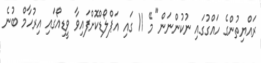
ރައްޔިތުންގެ ހައްގުގައި ނުކުންނަން" މޭ 11 ގައި އަޕްލޯޑްކޮށްފައިވާ ވީޑިއޯގައި އިރުހާމް ބުނެ